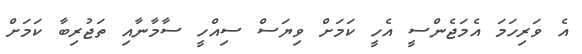
އެ ވަރިހަމަ އެމަޖެންސީ އެހީ ކަމަށް ވިޔަސް ސިއްހީ ސާމާނާއި ތަޖުރިބާ ކަމަށް